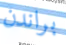
براندن